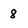
Character: 8